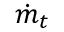
\dot { m } _ { t }